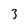
Character: 3